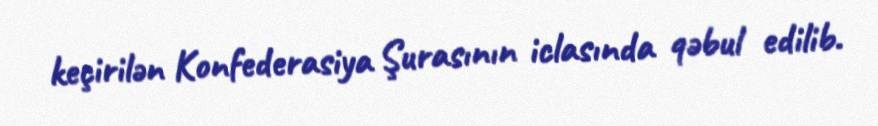
keçirilən Konfederasiya Şurasının iclasında qəbul edilib.